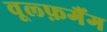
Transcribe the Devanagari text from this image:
वूल्फ़गैंग